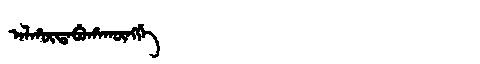
Manchu: ᠠᠯᡥᡡᡩᠠᠪᡠᡥᠠᡴᡡᠩᡤᡝ
Romanization: ALHŪDABUHAKŪNGGE